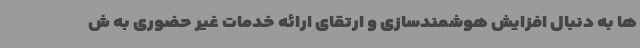
ها به دنبال افزایش هوشمندسازی و ارتقای ارائه خدمات غیر حضوری به ش